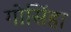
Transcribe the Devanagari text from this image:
गोसिंहा